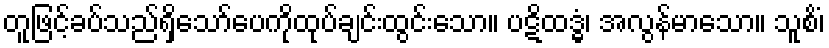
တူဖြင့်ခပ်သည်ရှိသော်ပေကိုထုပ်ချင်းထွင်းသော။ ပဋိထဒ္ဓံ၊ အလွန်မာသော။ သူစိံ၊